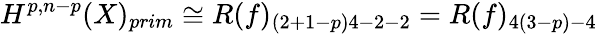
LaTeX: H^{p,n-p}(X)_{prim}\cong R(f)_{(2+1-p)4-2-2}=R(f)_{4(3-p)-4}